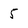
Character: 5